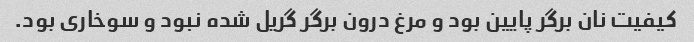
کیفیت نان برگر پایین بود و مرغ درون برگر گریل شده نبود و سوخاری بود.